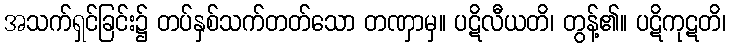
အသက်ရှင်ခြင်း၌ တပ်နှစ်သက်တတ်သော တဏှာမှ။ ပဋိလီယတိ၊ တွန့်၏။ ပဋိကုဋတိ၊